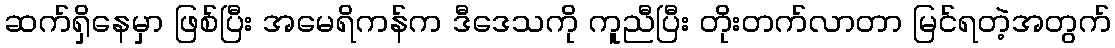
ဆက်ရှိနေမှာ ဖြစ်ပြီး အမေရိကန်က ဒီဒေသကို ကူညီပြီး တိုးတက်လာတာ မြင်ရတဲ့အတွက်